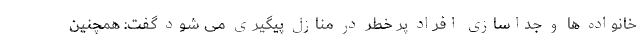
خانواده ها و جداسازی افراد پر خطر در منازل پیگیری می شود گفت: همچنین